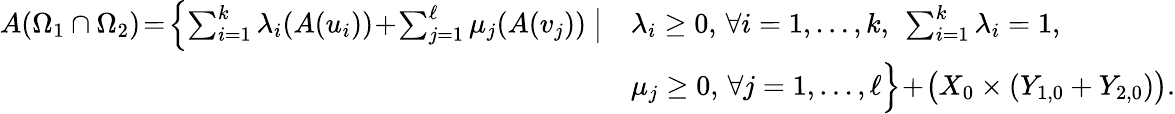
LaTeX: \begin{array}{r}{\begin{array}{ll}{A(\Omega_{1}\cap\Omega_{2})\! =\! \Big\{ \! \sum_{i=1}^{k}\lambda_{i}(A(u_{i}))\! +\! \sum_{j=1}^{\ell}\mu_{j}(A(v_{j}))\ \big|}&{\lambda_{i}\geq 0,\, \forall i=1,\ldots,k,\ \sum_{i=1}^{k}\lambda_{i}=1,}\\ &{\mu_{j}\geq 0,\, \forall j=1,\ldots,\ell\Big\} \! +\! \big(X_{0}\times(Y_{1,0}+Y_{2,0})\big).}\end{array}}\end{array}